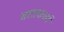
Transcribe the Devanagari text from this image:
बातकर्त्ता